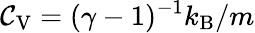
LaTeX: \mathcal{C}_{\mathrm{{V}}}=(\gamma-1)^{-1}k_{\mathrm{{B}}}/m